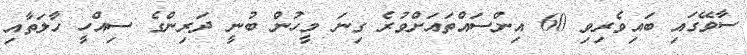
ސާވޭގައި ބައިވެރިވި 60 އިންސައްތައަށްވުރެ ގިނަ މީހުން ބުނީ ދަރިންގެ ސިއްހީ ހާލަތާއި